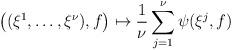
LaTeX: \begin{align*}\big((\xi^1, \dots , \xi^\nu),f\big)\mapsto \frac{1}{\nu}\sum_{j=1}^\nu \psi(\xi^j,f)\end{align*}